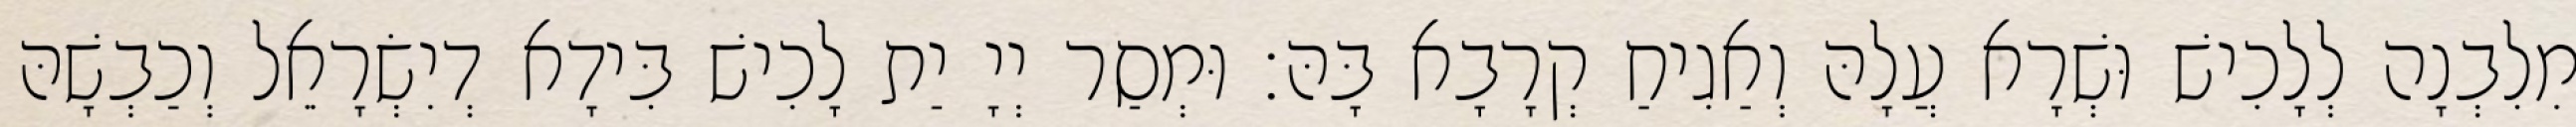
מִלִבְנָה לְלָכִישׁ וּשְׁרָא עֲלָהּ וְאַגִיחַ קְרָבָא בָּהּ׃ וּמְסַר יְיָ יַת לָכִישׁ בִּידָא דְיִשְׂרָאֵל וְכַבְשָׁהּ